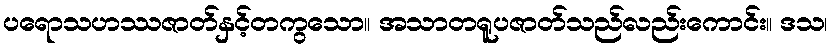
ပရောသဟဿဇာတ်နှင့်တကွသော။ အသာတရူပဇာတ်သည်လည်းကောင်း။ ဒသ၊